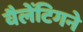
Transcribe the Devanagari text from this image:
वैलेंटिगने